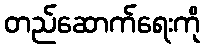
တည်ဆောက်ရေးကို